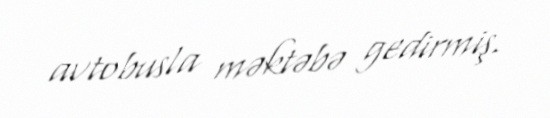
avtobusla məktəbə gedirmiş.